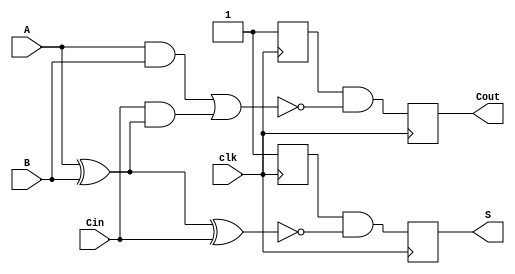
module DynamicFullAdder (
    input wire A,      // First binary input
    input wire B,      // Second binary input
    input wire Cin,    // Carry input
    input wire clk,    // Clock signal
    output reg S,      // Sum output
    output reg Cout    // Carry output
);

// Internal signals for precharged values
reg S_precharge;
reg Cout_precharge;

// Precharge phase
always @(posedge clk) begin
    // During the precharge phase, we set outputs high
    S_precharge <= 1'b1;
    Cout_precharge <= 1'b1;
end

// Evaluation phase
always @(posedge clk) begin
    // Evaluate S and Cout based on inputs
    S <= S_precharge & ~(A ^ B ^ Cin); // Disable S if A, B, Cin are such that S should be 0
    Cout <= Cout_precharge & ~((A & B) | (Cin & (A ^ B))); // Disable Cout if the condition is not met
end

endmodule